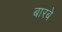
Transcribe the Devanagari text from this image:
बारबे